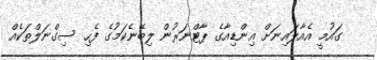
ގައުމީ އެއާލައިނަށް އިންޑިއާގެ ޕާޓްނަރުން ލިބޭނެކަމުގެ ފެހި ސިގްނަލްތަކެއް